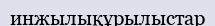
инжылықұрылыстар